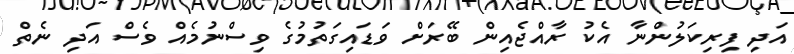
އަދި ފިރިކަލުންނާ އެކު ރާއްޖެއިން ބޭރަށް ވަޑައިގަތުމުގެ ވިސްނުމެއް ވެސް އަދި ނެތް